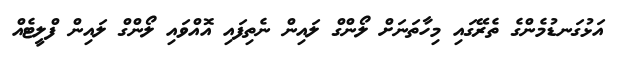
އަޅުގަނޑުމެންގެ ތެރޭގައި މިހާތަނަށް ލޯންގް ލައިން ނެތިފައި އޮއްވައި ލޯންގް ލައިން ފްލީޓެއް